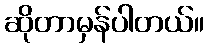
ဆိုတာမှန်ပါတယ်။